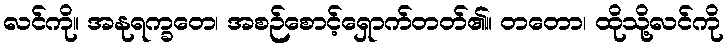
လင်ကို။ အနုရက္ခတေ၊ အစဉ်စောင့်ရှောက်တတ်၏။ တတော၊ ထိုသို့လင်ကို